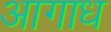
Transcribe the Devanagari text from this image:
आगाध